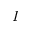
I